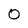
Character: 0